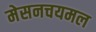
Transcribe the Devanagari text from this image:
मेसनचयमल